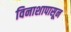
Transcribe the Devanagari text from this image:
विनाशापासून